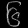
Digit: ၆